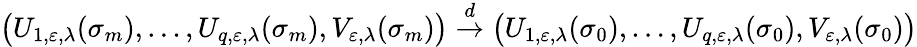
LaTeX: \bigl(U_{1,\varepsilon,\lambda}(\sigma_{m}),\ldots,U_{q,\varepsilon,\lambda}(\sigma_{m}),V_{\varepsilon,\lambda}(\sigma_{m})\bigr)\stackrel{d}{\to}\bigl(U_{1,\varepsilon,\lambda}(\sigma_{0}),\ldots,U_{q,\varepsilon,\lambda}(\sigma_{0}),V_{\varepsilon,\lambda}(\sigma_{0})\bigr)